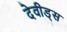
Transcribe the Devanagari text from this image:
देवीड्स